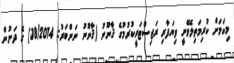
މިކަމަށް ކުރިމަތިލެވޭނީ ވިޔަފާރި ރަޖިސްޓަރީކުރުމުގެ ޤާނޫނު (ޤާނޫނު ނަންބަރު: 18/2014) ގެ ދަށުން